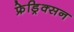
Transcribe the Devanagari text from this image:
फ्रेड्रिक्सन